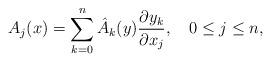
LaTeX: \begin{align*} A_j(x)=\sum_{k=0}^n\hat A_k(y)\frac{\partial y_k}{\partial x_j},\ \ \ 0\leq j\leq n,\end{align*}